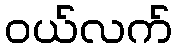
ဝယ်လက်